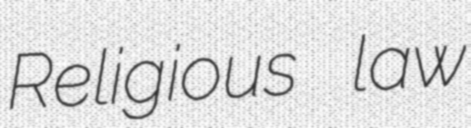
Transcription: Religious law